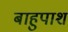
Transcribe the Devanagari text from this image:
बाहुपाश